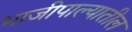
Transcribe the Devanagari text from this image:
भाजीपाल्यातील